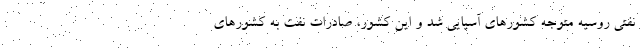
نفتی روسیه متوجه کشورهای آسیایی شد و این کشور، صادرات نفت به کشورهای